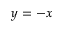
y = - x